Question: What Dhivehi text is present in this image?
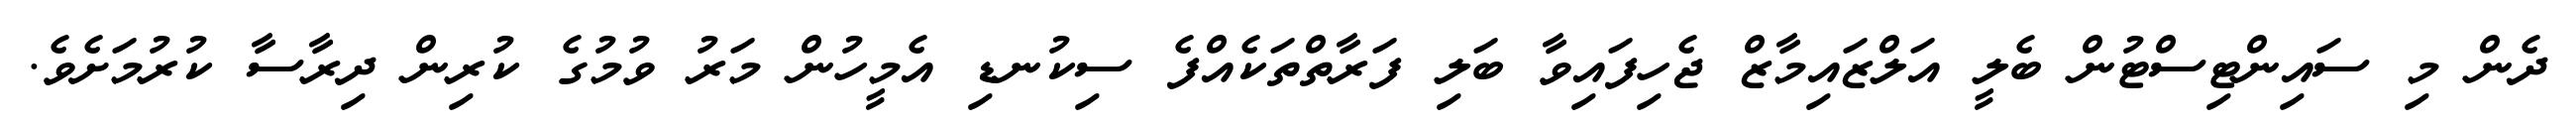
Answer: ދެން މި ސައިންޓިސްޓުން ބެލީ އަލްޒައިމާޒް ޖެހިފައިވާ ބަލި ފަރާތްތަކެއްފެ ސިކުނޑި އެމީހުން މަރު ވުމުގެ ކުރިން ދިރާސާ ކުރުމަށެވެ.